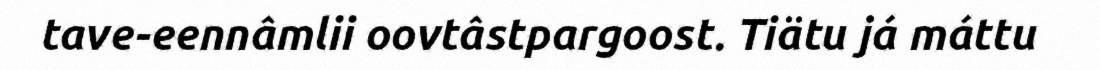
tave-eennâmlii oovtâstpargoost. Tiätu já máttu